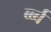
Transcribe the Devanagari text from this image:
र्ब्ब्ब